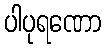
ပါပုရဏော